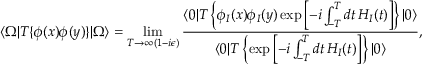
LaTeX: \langle \Omega | T \{ \phi ( x ) \phi ( y ) \} | \Omega \rangle = \operatorname* { l i m } _ { T \to \infty ( 1 - i \epsilon ) } { \frac { \langle 0 | T \left\{ \phi _ { I } ( x ) \phi _ { I } ( y ) \exp \left[ - i \int _ { - T } ^ { T } d t \, H _ { I } ( t ) \right] \right\} | 0 \rangle } { \langle 0 | T \left\{ \exp \left[ - i \int _ { - T } ^ { T } d t \, H _ { I } ( t ) \right] \right\} | 0 \rangle } } ,